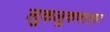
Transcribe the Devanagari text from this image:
लुकलुकणार्‍या